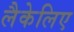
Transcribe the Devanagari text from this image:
लैकेलिए